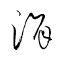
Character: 涓